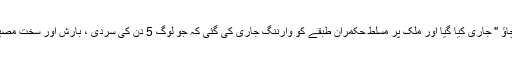
اس ٹریلر کے مطابق پہلا نعرہ " سیاست نہیں ریاست بچاﺅ " جاری کیا گیا اور ملک پر مسلط حکمران طبقے کو وارننگ جاری کی گئی کہ جو لوگ 5 دن کی سردی ، بارش اور سخت مصیبتیں برداشت کر سکتے ہیں وہ کچھ بھی کر سکتے ہیں۔